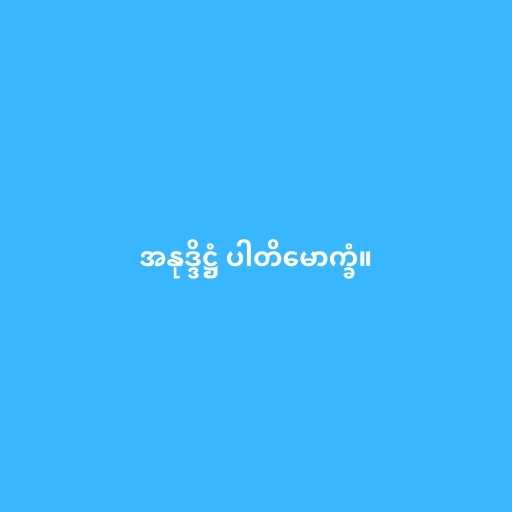
အနုဒ္ဒိဋ္ဌံ ပါတိမောက္ခံ။